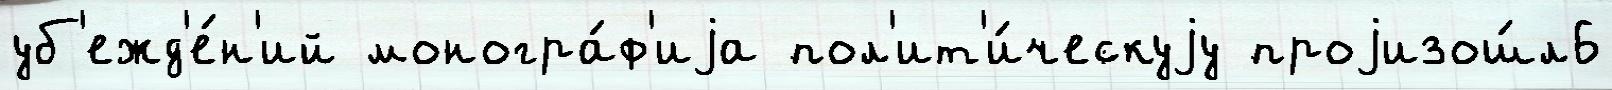
уб'ежд'е́н'ий моногра́ф'иjа пол'ит'и́ческуjу проjизош́л6